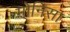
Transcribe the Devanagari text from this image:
मोनिसा